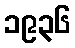
၁၉၃၆